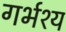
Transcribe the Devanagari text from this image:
गर्भश्य